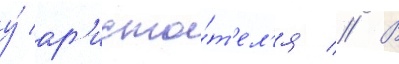
у́ ар'исто́т'ел'я // В